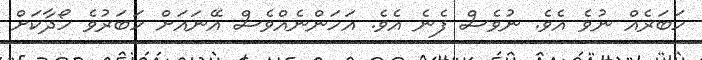
ހަބަރެއް ނުވެ އެވެ. ނުވެސް ފެނެ އެވެ. އަހަންނެއްވެސް އޭނައަށް ހަބަރުވެ ހޯދާކަށް